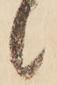
候